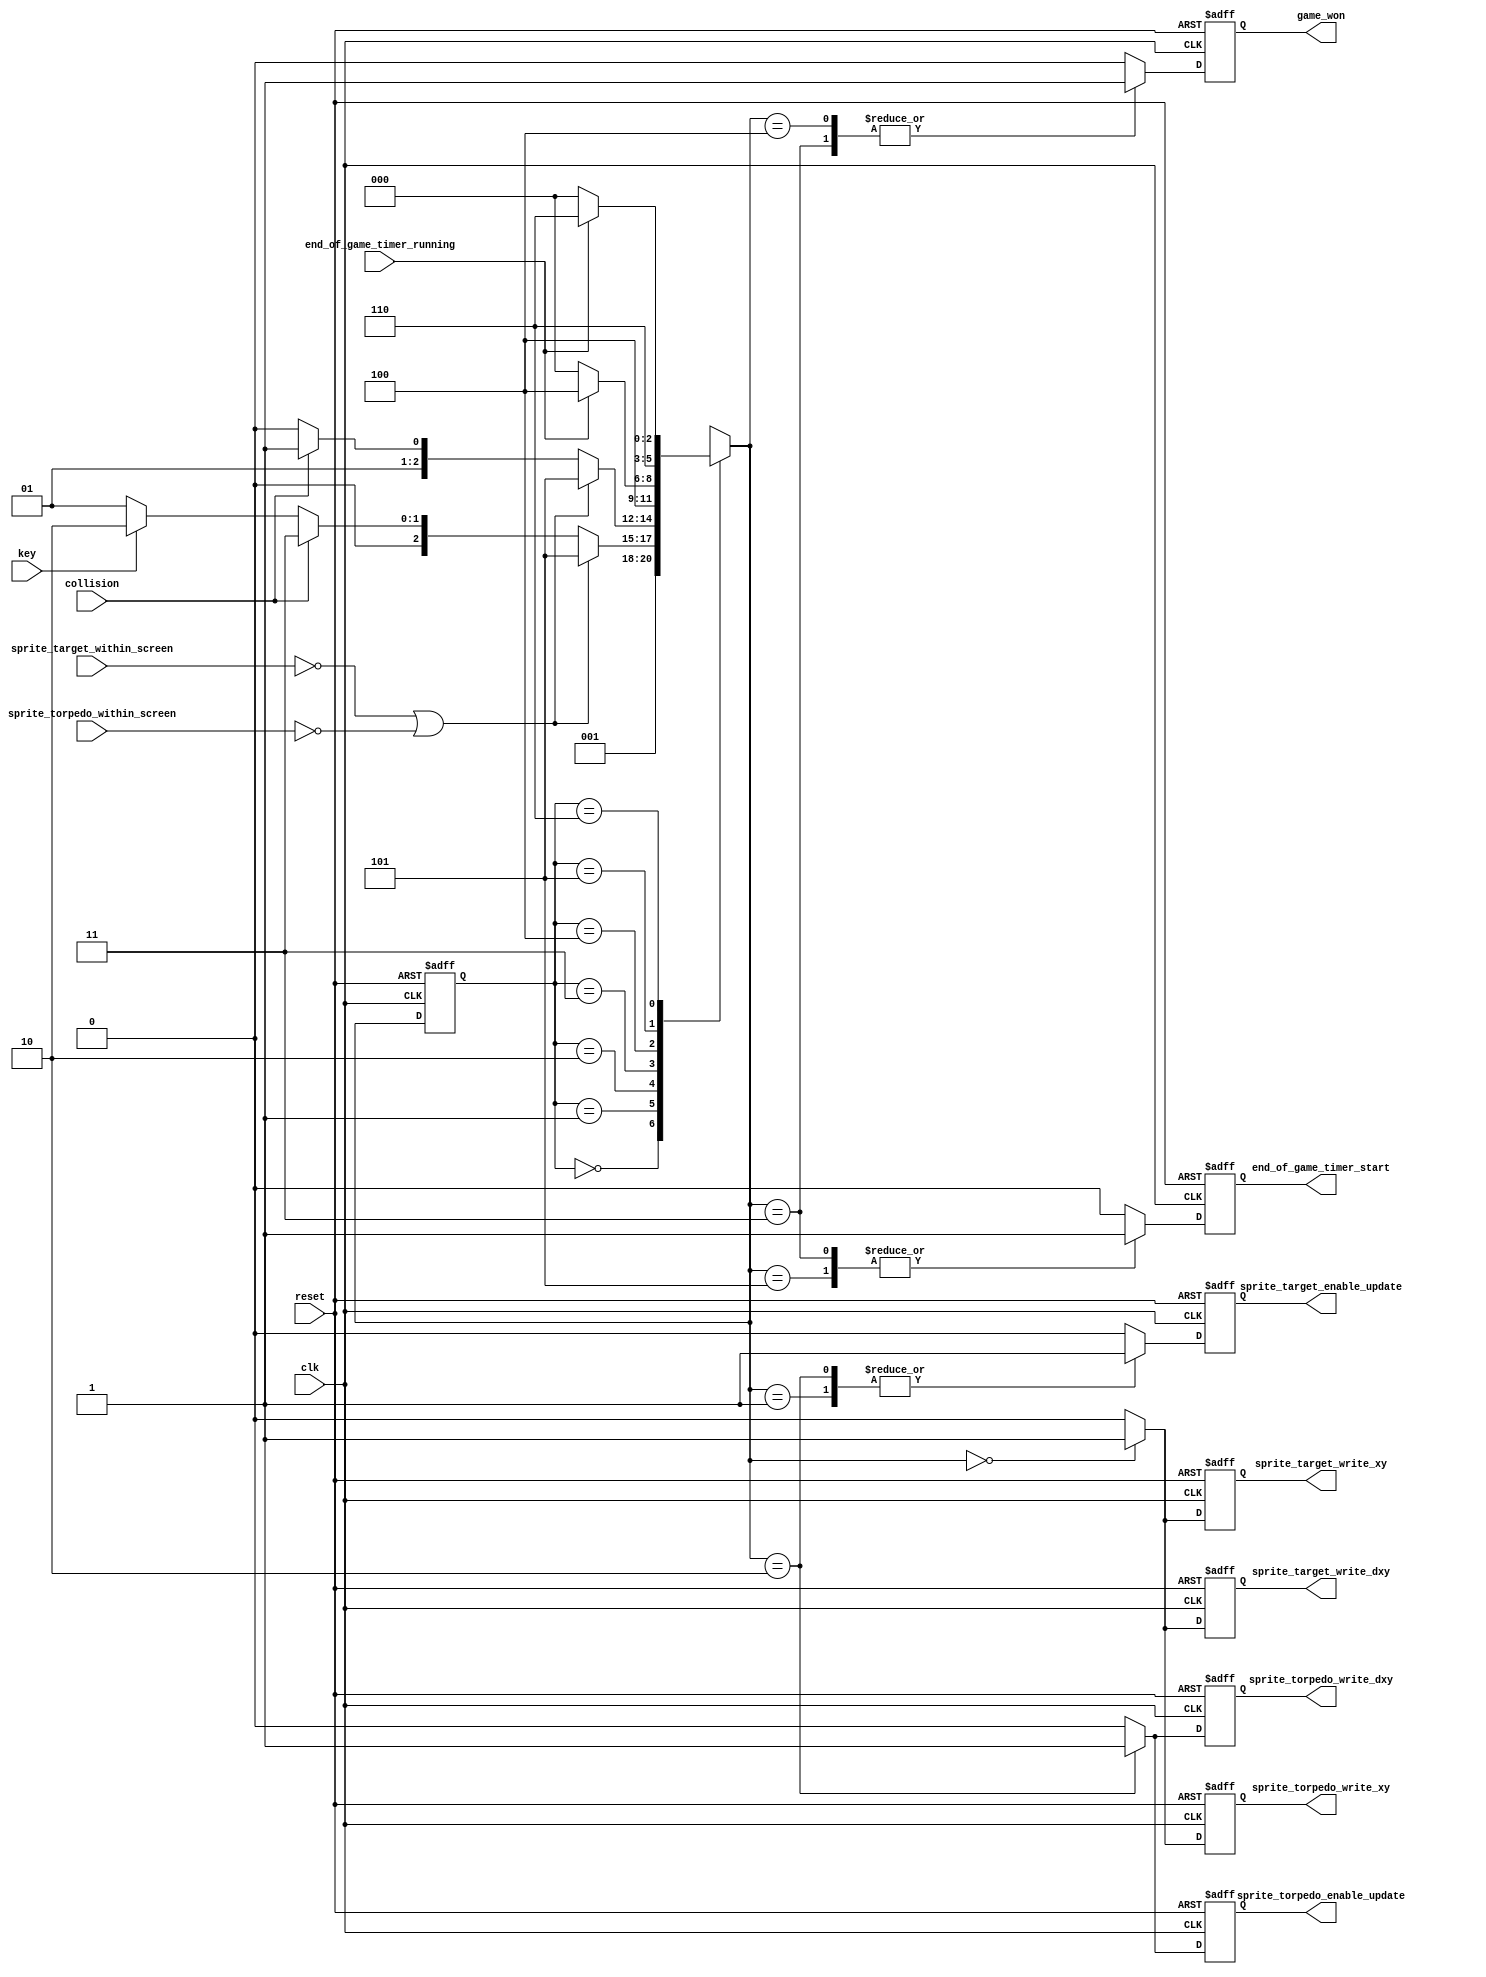
module game_master_fsm_3_three_always_more_states
(
    input      clk,
    input      reset,

    input      key,

    output reg sprite_target_write_xy,
    output reg sprite_torpedo_write_xy,

    output reg sprite_target_write_dxy,
    output reg sprite_torpedo_write_dxy,

    output reg sprite_target_enable_update,
    output reg sprite_torpedo_enable_update,

    input      sprite_target_within_screen,
    input      sprite_torpedo_within_screen,

    input      collision,

    output reg end_of_game_timer_start,
    output reg game_won,

    input      end_of_game_timer_running
);

    //------------------------------------------------------------------------

    localparam [2:0] STATE_START    = 3'd0,
                     STATE_AIM      = 3'd1,
                     STATE_SHOOT    = 3'd2,
                     STATE_WON      = 3'd3,
                     STATE_WON_END  = 3'd4,
                     STATE_LOST     = 3'd5,
                     STATE_LOST_END = 3'd6;

    //------------------------------------------------------------------------

    reg [2:0] state;
    reg [2:0] n_state;

    //------------------------------------------------------------------------

    wire out_of_screen
        =   ~ sprite_target_within_screen
          | ~ sprite_torpedo_within_screen;

    //------------------------------------------------------------------------

    always @*
    begin
        n_state = 3'bx;  // For debug and "don't care" directive for synthesis

        case (state)

        STATE_START    : n_state =                             STATE_AIM;

        STATE_AIM      : n_state = out_of_screen             ? STATE_LOST
                                 : collision                 ? STATE_WON
                                 : key                       ? STATE_SHOOT
                                 :                             STATE_AIM;

        STATE_SHOOT    : n_state = out_of_screen             ? STATE_LOST
                                 : collision                 ? STATE_WON
                                 :                             STATE_SHOOT;

        STATE_WON      : n_state =                             STATE_WON_END;

        STATE_WON_END  : n_state = end_of_game_timer_running ? STATE_WON_END
                                 :                             STATE_START;

        STATE_LOST     : n_state =                             STATE_LOST_END;

        STATE_LOST_END : n_state = end_of_game_timer_running ? STATE_LOST_END
                                 :                             STATE_START;
        endcase
    end

    //------------------------------------------------------------------------

    always @ (posedge clk or posedge reset)
        if (reset)
            state <= STATE_START;
        else
            state <= n_state;

    //------------------------------------------------------------------------

    always @ (posedge clk or posedge reset)
        if (reset)
        begin
            sprite_target_write_xy            <= 1'b0;
            sprite_torpedo_write_xy           <= 1'b0;

            sprite_target_write_dxy           <= 1'b0;
            sprite_torpedo_write_dxy          <= 1'b0;

            sprite_target_enable_update       <= 1'b0;
            sprite_torpedo_enable_update      <= 1'b0;

            end_of_game_timer_start           <= 1'b0;
            game_won                          <= 1'b0;
        end
        else
        begin
            sprite_target_write_xy            <= 1'b0;
            sprite_torpedo_write_xy           <= 1'b0;

            sprite_target_write_dxy           <= 1'b0;
            sprite_torpedo_write_dxy          <= 1'b0;

            sprite_target_enable_update       <= 1'b0;
            sprite_torpedo_enable_update      <= 1'b0;

            end_of_game_timer_start           <= 1'b0;
            game_won                          <= 1'b0;

            //--------------------------------------------------------------------

            case (n_state)

            STATE_START:
            begin
                sprite_target_write_xy        <= 1'b1;
                sprite_torpedo_write_xy       <= 1'b1;

                sprite_target_write_dxy       <= 1'b1;
            end

            STATE_AIM:
            begin
                sprite_target_enable_update   <= 1'b1;
            end

            STATE_SHOOT:
            begin
                sprite_torpedo_write_dxy      <= 1'b1;

                sprite_target_enable_update   <= 1'b1;
                sprite_torpedo_enable_update  <= 1'b1;
            end

            STATE_WON:
            begin
                end_of_game_timer_start       <= 1'b1;
                game_won                      <= 1'b1;
            end

            STATE_WON_END:
            begin
                game_won                      <= 1'b1;
            end

            STATE_LOST:
            begin
                end_of_game_timer_start       <= 1'b1;
            end

            STATE_LOST_END:
            begin
            end

            endcase
        end

endmodule